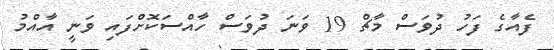
ފެއާގެ ފަހު ދުވަސް މާޗް 19 ވަނަ ދުވަސް ހާއްސަކޮށްފައި ވަނީ އާއްމު